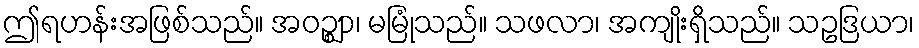
ဤရဟန်းအဖြစ်သည်။ အဝဉ္ဈာ၊ မမြုံသည်။ သဖလာ၊ အကျိုးရှိသည်။ သဥဒြယာ၊